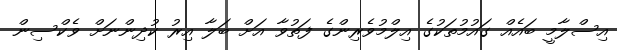
އިސްލާމީ ބައެއް ގައުމުތަކުގެ އިލްމުވެރިންގެ ފަތުވާ އަށް ބަލާ އިރު ކުދިންނަށް ވެކްސިން